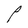
Character: P